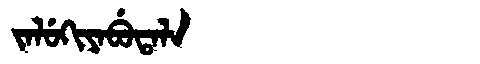
Manchu: ᠵᠠᠯᡠᡴᡳᠶᠠᠪᡠᡨᠠᠯᠠ
Romanization: JALUKIYABUTALA